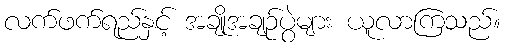
လက်ဖက်ရည်နှင့် အချိုအချဉ်ပွဲများ ယူလာကြသည်။